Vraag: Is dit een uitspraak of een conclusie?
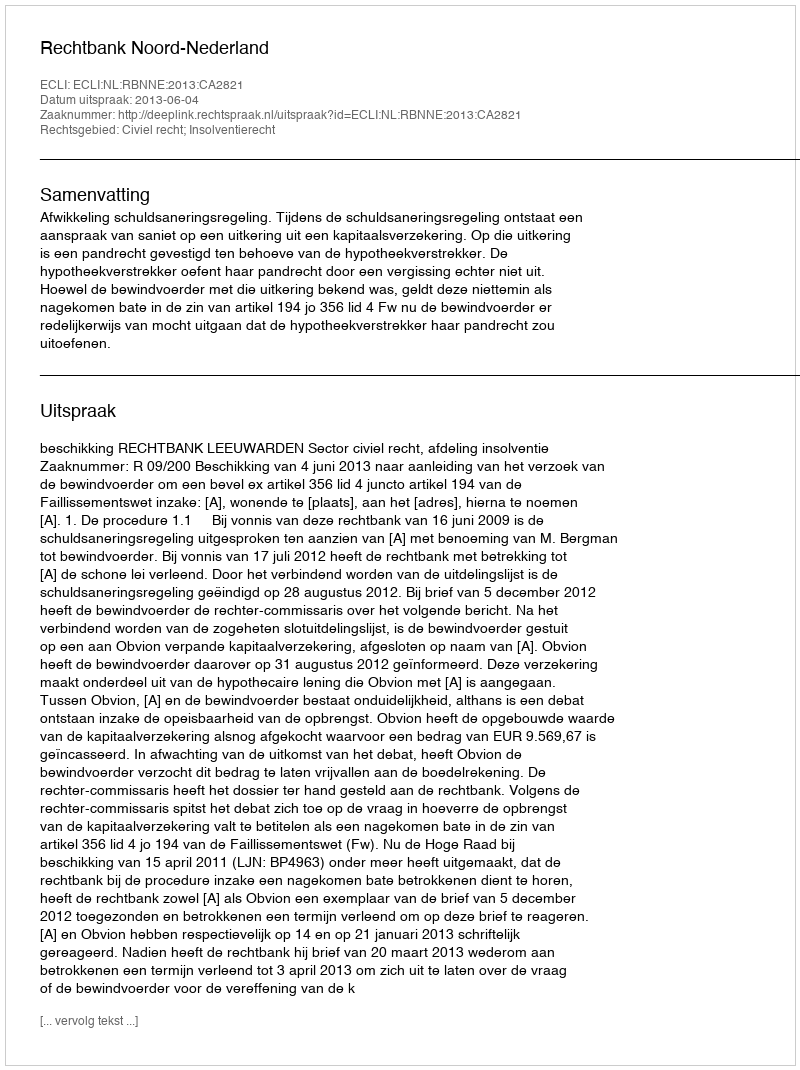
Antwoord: Uitspraak